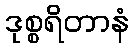
ဒုစ္စရိတာနံ